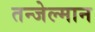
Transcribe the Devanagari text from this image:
तन्जेल्मान